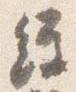
経